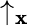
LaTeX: \uparrow_{\mathbf{x}}